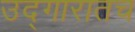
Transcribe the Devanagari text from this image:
उद्गारातच